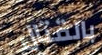
بالقتال